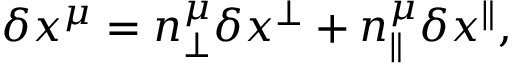
\delta x ^ { \mu } = n _ { \perp } ^ { \mu } \delta x ^ { \perp } + n _ { \parallel } ^ { \mu } \delta x ^ { \parallel } ,